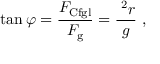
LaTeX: \tan \varphi = { \frac { F _ { \mathrm { C f g l } } } { F _ { \mathrm { g } } } } = { \frac { { \mathit { \Omega } } ^ { 2 } r } { g } } \ ,